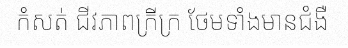
កំសត់ ជីវភាពក្រីក្រ ថែមទាំងមានជំងឺ